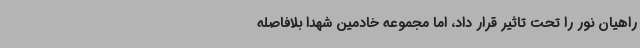
راهیان نور را تحت تاثیر قرار داد، اما مجموعه خادمین شهدا بلافاصله